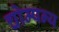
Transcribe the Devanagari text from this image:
चोम्पन्य